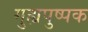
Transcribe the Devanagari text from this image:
गुह्यपुष्पक